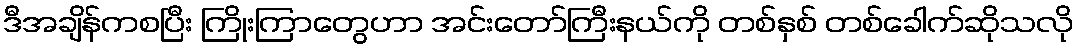
ဒီအချိန်ကစပြီး ကြိုးကြာတွေဟာ အင်းတော်ကြီးနယ်ကို တစ်နှစ် တစ်ခေါက်ဆိုသလို